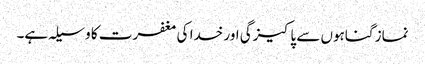
نماز گناہوں سے پاکیزگی اور خدا کی مغفرت کا وسیلہ ہے۔